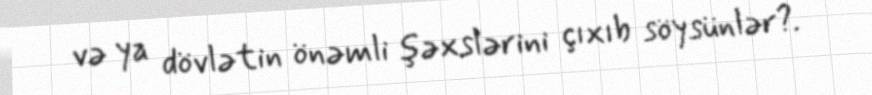
və ya dövlətin önəmli şəxslərini çıxıb söysünlər?.